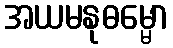
အယမနုဓမ္မော